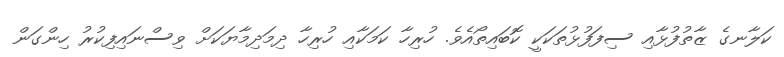
ކަލާނގެ ޒާތުފުޅާއި ސިފަފުޅުތަކަކީ ކޮބައިތޯއެވެ. ހުރިހާ ކަމަކާއި ހުރިހާ ދިމަދިމާޔަކަށް ވިސްނައިފިކުރު ހިންގަން